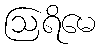
ဩရိမေ